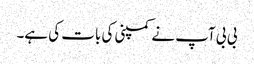
بی بی آپ نے کمپنی کی بات کی ہے۔